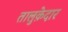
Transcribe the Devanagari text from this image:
तालुक़ेदार